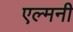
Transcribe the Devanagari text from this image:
एल्मनी